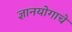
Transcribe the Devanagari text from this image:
ज्ञानयोगाचे